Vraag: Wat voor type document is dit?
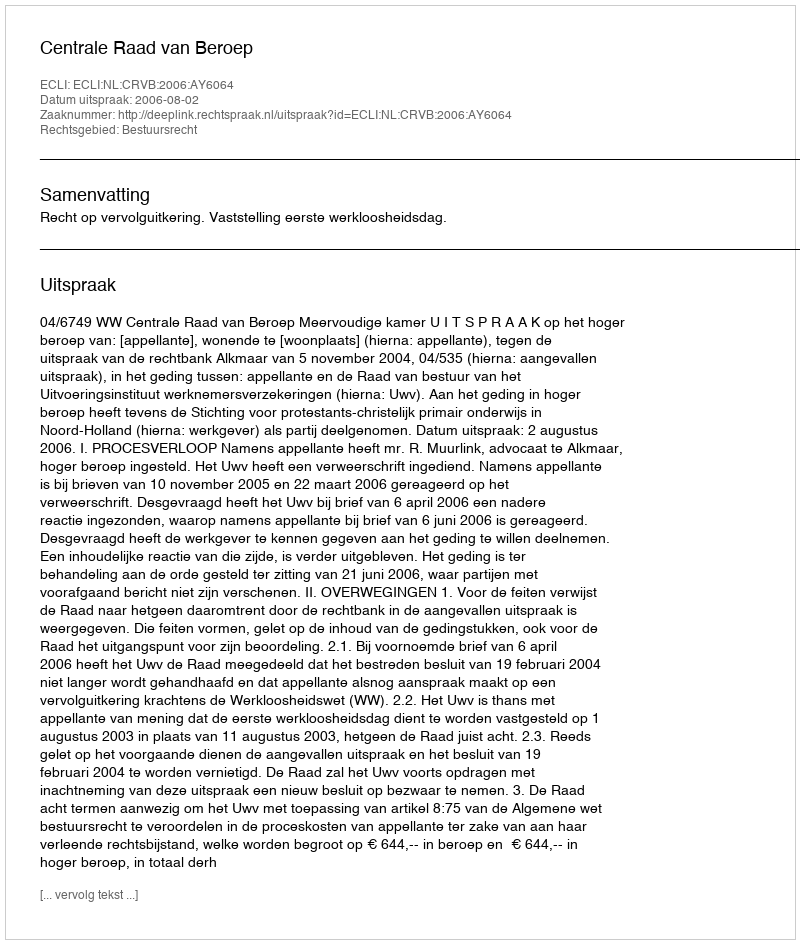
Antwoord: Uitspraak